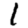
Digit: 1